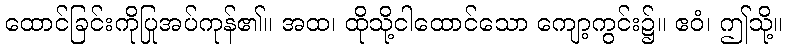
ထောင်ခြင်းကိုပြုအပ်ကုန်၏။ အထ၊ ထိုသို့ငါထောင်သော ကျော့ကွင်း၌။ ဧဝံ၊ ဤသို့။